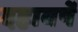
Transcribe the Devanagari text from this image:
दहावर्षे